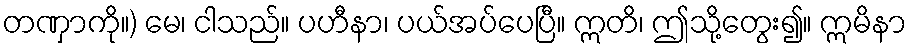
တဏှာကို။) မေ၊ ငါသည်။ ပဟီနာ၊ ပယ်အပ်ပေပြီ။ ဣတိ၊ ဤသို့တွေး၍။ ဣမိနာ